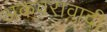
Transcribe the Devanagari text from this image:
अकवरावादी